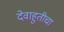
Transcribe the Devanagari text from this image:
देवाहुतीचा